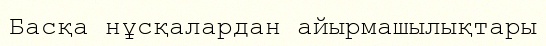
Басқа нұсқалардан айырмашылықтары